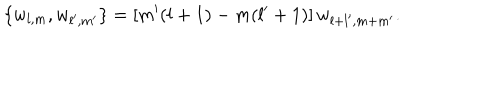
LaTeX: \{ w _ { l , m } , w _ { l ^ { \prime } , m ^ { \prime } } \} = [ m ^ { \prime } ( l + 1 ) - m ( l ^ { \prime } + 1 ) ] \, w _ { l + l ^ { \prime } , m + m ^ { \prime } } .